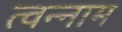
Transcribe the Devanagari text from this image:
त्वन्नाम